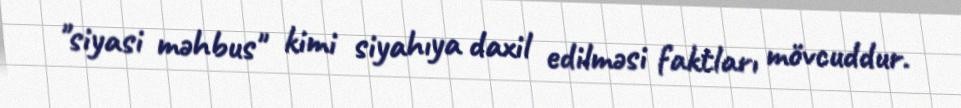
"siyasi məhbus" kimi siyahıya daxil edilməsi faktları mövcuddur.